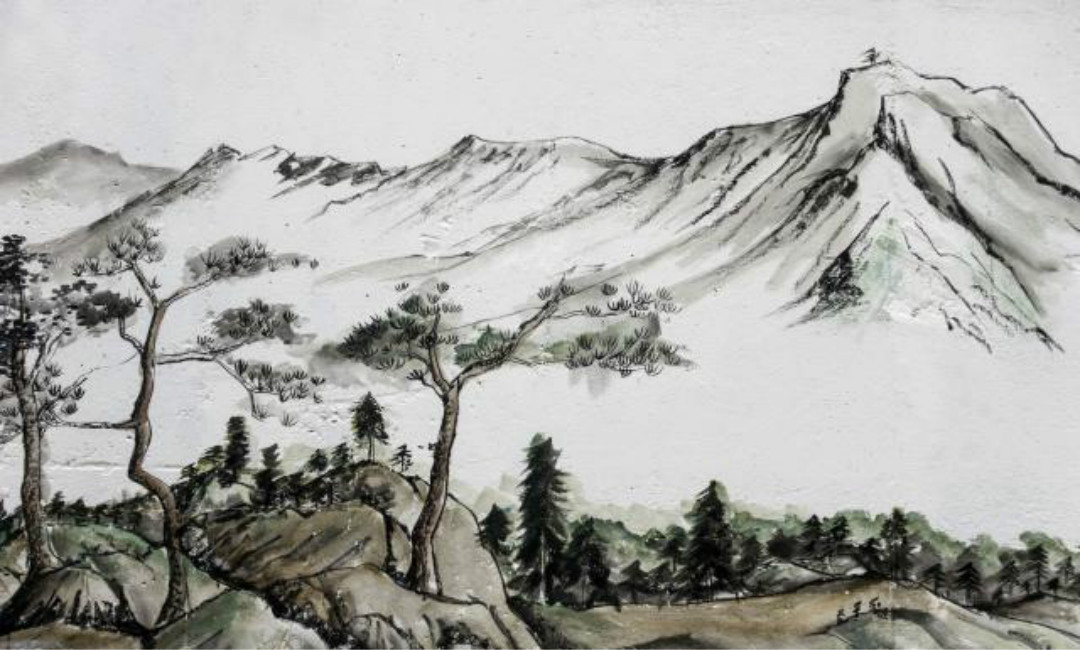
家住层城临汉苑，心随明月到胡天。